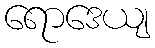
ရောဒေယျ